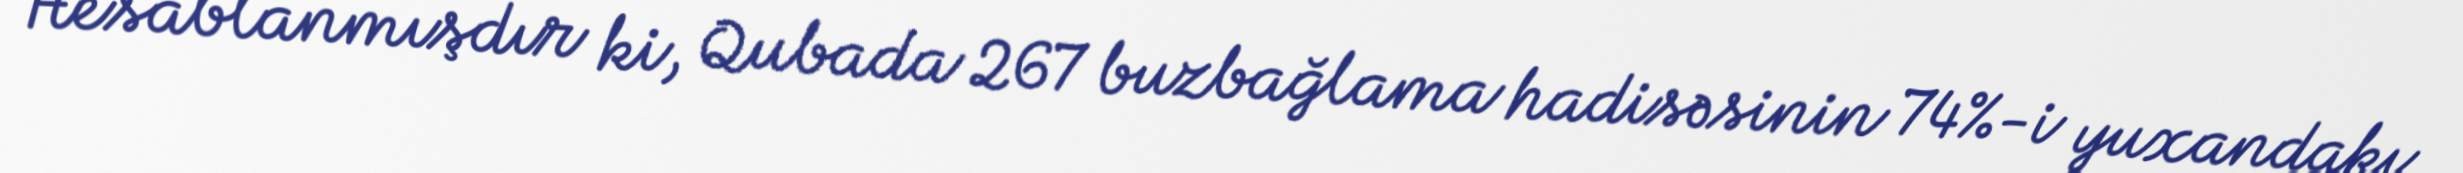
Hesablanmışdır ki, Qubada 267 buzbağlama hadisəsinin 74%-i yuxandakı